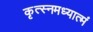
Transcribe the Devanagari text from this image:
कृत्स्नमध्यात्मं